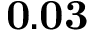
\mathbf { 0 . 0 3 }